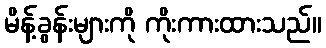
မိန့်ခွန်းများကို ကိုးကားထားသည်။